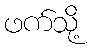
ဖက်သို့